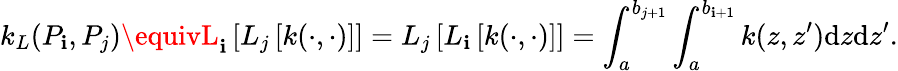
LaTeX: k_{L}(P_{\mathbf{i}},P_{j})\equivL_{\mathbf{i}}\left[L_{j}\left[k(\cdot,\cdot)\right]\right]=L_{j}\left[L_{\mathbf{i}}\left[k(\cdot,\cdot)\right]\right]=\int_{a}^{b_{j+1}}\int_{a}^{b_{\mathbf{i}+1}}k(z,z^{\prime})\textrm{{d}}z\textrm{{d}}z^{\prime}.